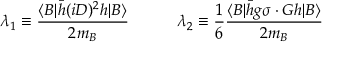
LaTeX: \lambda _ { 1 } \equiv \frac { \langle B | \bar { h } ( i D ) ^ { 2 } h | B \rangle } { 2 m _ { B } } \qquad \quad \lambda _ { 2 } \equiv \frac { 1 } { 6 } \frac { \langle B | \bar { h } g \sigma \cdot G h | B \rangle } { 2 m _ { B } }